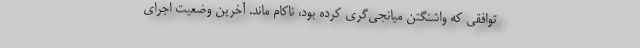
توافقی که واشنگتن میانجی‌گری کرده بود، ناکام ماند. آخرین وضعیت اجرای